King Institute of Preventive Medicine Bacteriolog. Section reports 1907-08
Year: 1907
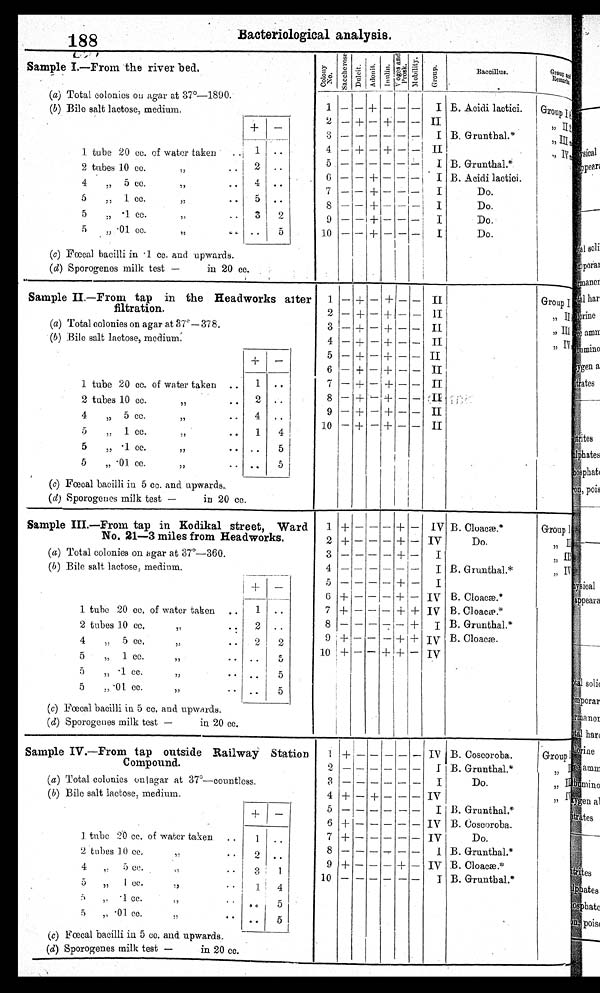
188
Bacteriological analysis.
Sample I.—From -the river bed.
(a) Total colonies on a gar at 37°-1890.
(b) Bile salt lactose, medium.
—
1. tube 20 cc. of water taken
. . 1 .
-
2 tubes 1.0 cc.
,,
• • 0 . .
. •
• • •
4.
5 cc.
4
5
„ 1 cc.
,,
..
5 ..
5
„ • 1 cc.
,,
..
0
2
5
„ •01 cc.
;
.. • •
5
(c) Fœcal bacilli in .1 cc. and upwards.
(d) Sporogenes milk tcst —
in 20
cc.
C o l o n y N o .
Saccher ose. Dulcit.
—
+
—
—
—
—
—1+
— I +
Ad o n i t . I n u l i n .
I n u l i n . V o g e s a n d P r o s k . Mobi l i t y.
____
G r o u p .
B a c c i l l u s .
__
__
G r o u p a n d R e m a r k s .
_
—
—
—
—
H —
—
1
2
: -
9
4
6
7
8
9
10
5
_
—
—
--
—
—
—
—
—
+
—
—
+
+
-I-
+
—
+
+
—
—
—
—
— --
--
—
—
I —
--
—
I
II
I
TI
I
' I
I
I
I
I
,
B. Acidi lactici.
B. Grunthal.*
B. Grunthal.*
B. Acidi lactici.
Do.
Do.
Do.
Do.
G r o u p I
, , I I
, , I I I
, , I V
61
Sample II.—From tap in the Headworks after
filtration.
(a) Total colonies on agar at 37º— 378.
(b) Bile salt lactose, medium.
—
1 tube 20 cc. of watcr taken ..
1 ..
2 tubes 10 cc.
11
• • 2 ..
4
„ 5 cc.
;;
.. 4 ..
5
„ 1 cc... 1
4
;;
5
„ • 1 ce.
f f
• •
..
5
5
„ .01. cc.
;;
.. ..
5 I
(c) Fœcal bacilli in 5 cc. and upwards..
(d) Sporogenes milk tcst —
in 20 cc.
2
3
4
5
6
7
8
9
10
—
—
—
—
—
—
— 1+
—
—+
—+
+
+
+
+
+
4-
+
—
—
—
—
—
—
—
—
—
—
+
+
+
+
-1-
+
+
+
-I-
I
+I—
—
—
—
—
—
—
—
—
f
--
—
—
—
—
—
—
--
—
—
II
lj
II
II
II
II
II
;'4
II
II
f
i. i':
,
Group I
, , I I
, , I I I
, , I V
Sample III.—From tap in Kodikal street, Ward
No. 21-3 miles from Headworks,
(a) Total colonies on agar at 37°-360.
(b) Bile salt lactose, medium.
_
1 tube 20 cc, of water taken ..
1 ..
2 tubes 10 cc.
;;
. :
2 ..
4
„ 5 cc.
.. 2
2
5
„ 1 cc.
• • ..
5
5
.1 cc.
• • . .
5
5
„ -01 cc.
;;
• • .. I 5
(c) Fœcal bacilli in 5 cc. and upwards.
(d) Sporogennes milk test —
in 20 cc.
1
2
3
5
6
7
8
9
10 5 +
4
+
+
—
—
+
+
—
+ 1
—
—
—
—
—
—
—
—
—
—1—
—
—
—
—
--
--
—
7. 1—
— 1 +
+ 1 +
+
+
+
+
+
+
—
—
—
—
—
-I--
+
+
—
IV
IV
I
I
IV
IV
I
iv
IV
B. Cloacm.*
Do.
B. Grunthal.*
B. Cloacæ.*
B. Cloacæ.*
B. Grunthal.*
B. Cloacæ.
Group I
, , I I
, , I I I
, , I V
Sample IV.—From tap outside Railway Station
Compound.
(a) Total colonies onlagar at 37°—countless.
(b) Bile salt lactose, medium.
+ —
1 tube 20 cc. of water taken ..
1 ..
2 tubes 10 ce.
,.
• •
2 ..
4
5 CO..
>1
' •
8
1
5
I cc.
;,
• •
1' 4
::,
•1 cc..,
. - I
• •
5
,, • 01. co.
• .
.
0
.. 5
(c) Fœcal bacilli in 5 cc. and upwards.
-
(d) Sporogenes milk test —
-in 20 cc.
1
3
4
6
7
9 1+
10
2
5
8
+
+
+
+
—
—
+
—
—
.
—
—
+
—
—
IV
.1
I
IV
I
IV
IV
I
IV
1
B. Coscoroba.
B. Grunthal.*
Do.
B. Grunthal.*
B. Coscoroba.
I
Do.
B. Grunthal.*
B. Cloacae.
B. Gruntbal.*
Group I
, , I I
, , , , I I I
, , I V